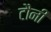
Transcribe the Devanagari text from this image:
टौनी